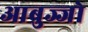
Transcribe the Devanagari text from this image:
आब्रुज्जो